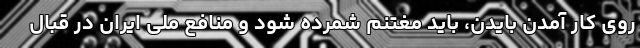
روی کار آمدن بایدن، باید مغتنم شمرده شود و منافع ملی ایران در قبال